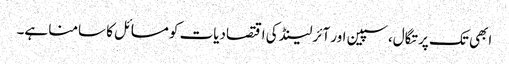
ابھی تک پرتگال، سپین اور آئرلینڈ کی اقتصادیات کو مسائل کا سامنا ہے۔